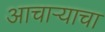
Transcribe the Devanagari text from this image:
आचाऱ्याचा